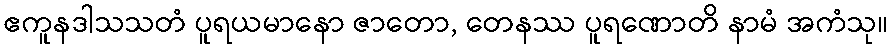
ဧကူနဒါသသတံ ပူရယမာနော ဇာတော, တေနဿ ပူရဏောတိ နာမံ အကံသု။